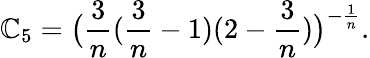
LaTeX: \mathbb{C}_{5}=\big(\frac{3}{n}(\frac{3}{n}-1)(2-\frac{3}{n})\big)^{-\frac{1}{n}}.